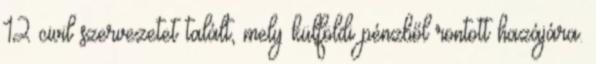
12 civil szervezetet talált, mely külföldi pénzből rontott hazájára.